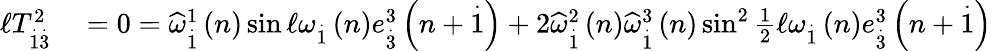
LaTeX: \begin{array}{rl}{\mathcal{\ell}T_{\overset{.}{1}\overset{.}{3}}^{2}}&{{}=0=\widehat{\omega}_{\overset{.}{1}}^{1}\left(n\right)\sin\mathcal{\ell}\omega_{\overset{.}{1}}\left(n\right)e_{\overset{.}{3}}^{3}\left(n+\overset{.}{1}\right)+2\widehat{\omega}_{\overset{.}{1}}^{2}\left(n\right)\widehat{\omega}_{\overset{.}{1}}^{3}\left(n\right)\sin^{2}\frac{1}{2}\mathcal{\ell}\omega_{\overset{.}{1}}\left(n\right)e_{\overset{.}{3}}^{3}\left(n+\overset{.}{1}\right)}\end{array}